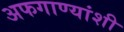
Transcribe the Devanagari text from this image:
अफगाण्यांशी